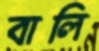
বালি